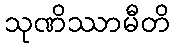
သုဏိဿာမီတိ